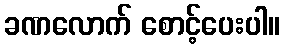
ခဏလောက် စောင့်ပေးပါ။